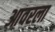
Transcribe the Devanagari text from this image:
आवरला